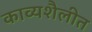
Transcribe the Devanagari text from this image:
काव्यशैलीत